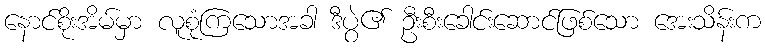
နောင်စိုးအိမ်မှာ လူစုံကြသောအခါ ဒီပွဲ၏ ဦးစီးခေါင်းဆောင်ဖြစ်သော အေးသိန်းက